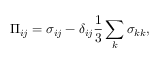
\Pi _ { i j } = \sigma _ { i j } - \delta _ { i j } \frac { 1 } { 3 } \sum _ { k } \sigma _ { k k } ,